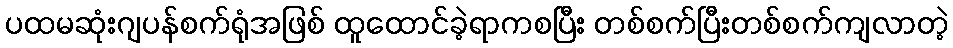
ပထမဆုံးဂျပန်စက်ရုံအဖြစ် ထူထောင်ခဲ့ရာကစပြီး တစ်စက်ပြီးတစ်စက်ကျလာတဲ့